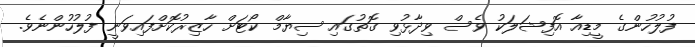
ފުލުހުންގެ މީޑިއާ އޮފިޝަލަކު ވެސް ވިދާޅުވި ގޮތުގައި ސިޔާމް ކޯޓަށް ހާޒިރުކޮށްފައިވަނީ ފުލުހުންނެވެ.